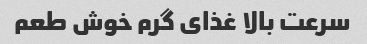
سرعت بالا غذای گرم خوش طعم